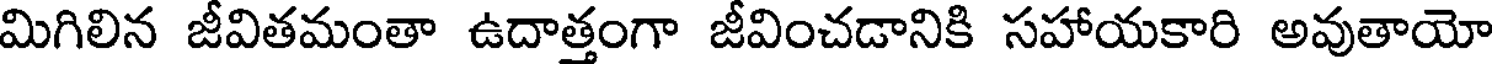
మిగిలిన జీవితమంతా ఉదాత్తంగా జీవించడానికి సహాయకారి అవుతాయో